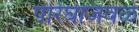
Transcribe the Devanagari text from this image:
परिघाजवळ